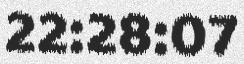
22:28:07